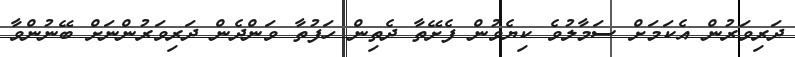
ދަރިވަރުން އެކަމަށް ސަމާލުވެ ކިޔެވުން ފެށޭތާ ދެތިން ހަފުތާ ވަންދެން ދަރިވަރުންނަށް ބޭނުންވާ